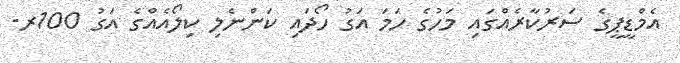
އެމްޑީޕީގެ ސަރުކާރެއްގައި މަހުގެ ހަމަ އަގު ހޯދައި ކަންނެލި ކިލޯއެއްގެ އަގު 100ރ.